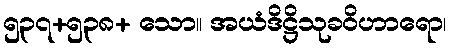
၅၃၇+၅၃၈+ သော။ အယံဒိဋ္ဌိသုခဝိဟာရော၊